Report on vaccination in Madras 1904-1921 - 1904-1921
Year: 1904
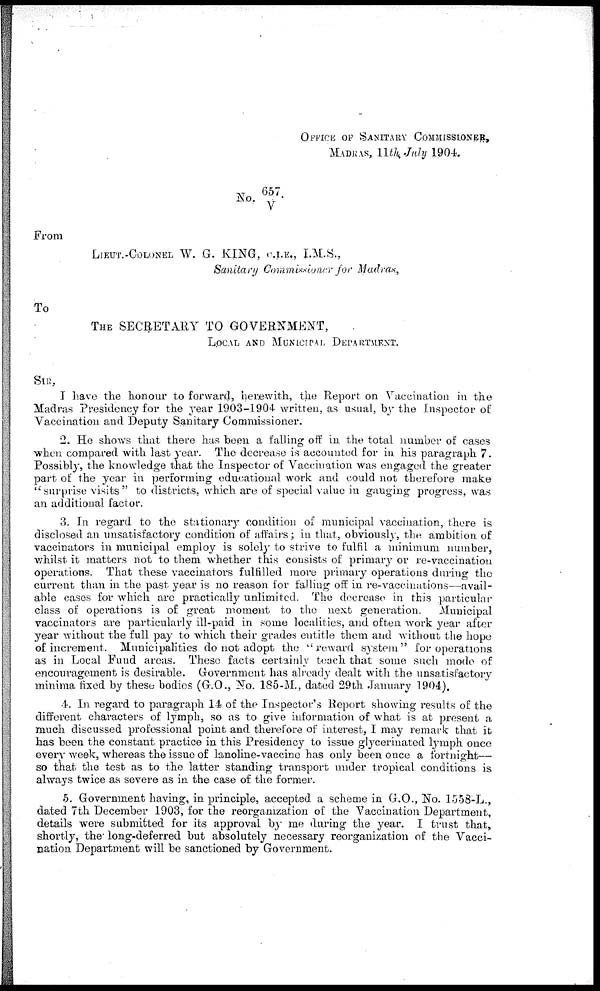
OFFICE OF SANITARY COMMISSIONER,
MADRAS, 11th July 1904.
No. 657/V.
From
LIEUT.-COLONEL W. G. KING, C.I.E., I.M.S.,
Sanitary Commissioner for Madras,
To
THE SECRETARY TO GOVERNMENT,
LOCAL AND MUNICIPAL DEPARTMENT.
SIR,
I have the honour to forward, herewith, the Report on Vaccination in the
Madras Presidency for the year 1903-1904 written, as usual, by the Inspector of
Vaccination and Deputy Sanitary Commissioner.
2. He shows that there has been a falling off in the total number of cases
when compared with last year. The decrease is accounted for in his paragraph 7.
Possibly, the knowledge that the Inspector of Vaccination was engaged the greater
part of the year in performing educational work and could not therefore make
'' surprise visits " to districts, which are of special value in gauging progress, was
an additional factor.
3. In regard to the stationary condition of municipal vaccination, there is
disclosed an unsatisfactory condition of affairs; in that, obviously, the ambition of
vaccinators in municipal employ is solely to strive to fulfil a minimum number,
whilst it matters not to them whether this consists of primary or re-vaccination
operations. That these vaccinators fulfilled more primary operations during the
current than in the past year is no reason for falling off in re-vaccinations—avail-
able cases for which are practically unlimited. The decrease in this particular
class of operations is of great moment to the next generation.
Municipal
vaccinators are particularly ill-paid in some localities, and often work year after
year without the full pay to which their grades entitle them and without the hope
of increment. Municipalities do not adopt the '' reward system '' for operations
as in Local Fund areas. These facts certainly teach that some such mode of
encouragement is desirable. Government has already dealt with the unsatisfactory
minima fixed by these bodies (G.O., No. 185-M., dated 29th January 1904).
4. In regard to paragraph 14 of the Inspector's Report showing results of the
different characters of lymph, so as to give information of what is at present a
much discussed professional point and therefore of interest, I may remark that it
has been the constant practice in this Presidency to issue glycerinated lymph once
every week, whereas the issue of lanoline-vaccine has only been once a fortnight—
so that the test as to the latter standing transport under tropical conditions is
always twice as severe as in the case of the former.
5. Government having, in principle, accepted a scheme in G.O., No. 1558-L.,
dated 7th December 1903, for the reorganization of the Vaccination Department,
details were submitted for its approval by me during the year. I trust that,
shortly, the long-deferred but absolutely necessary reorganization of the Vacci-
nation Department will be sanctioned by Government.